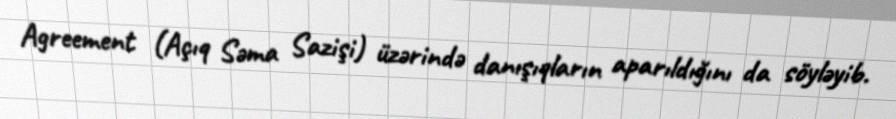
Agreement (Açıq Səma Sazişi) üzərində danışıqların aparıldığını da söyləyib.